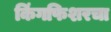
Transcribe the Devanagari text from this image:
किंगफिशरचा